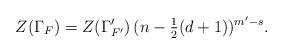
LaTeX: \begin{align*}Z(\Gamma_F)=Z(\Gamma'_{F'})\,(n-\tfrac{1}{2}(d+1))^{m'-s}.\end{align*}